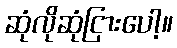
ဆုံလိုဆုံငြားပေါ့။